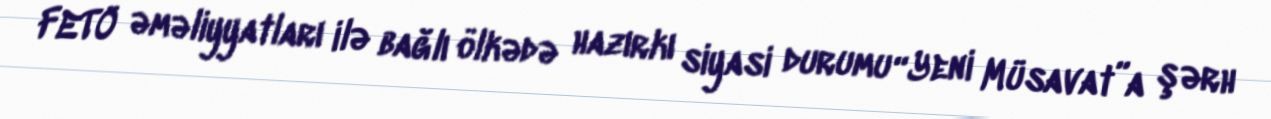
FETÖ əməliyyatları ilə bağlı ölkədə hazırkı siyasi durumu “Yeni Müsavat”a şərh